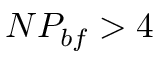
N P _ { b f } > 4